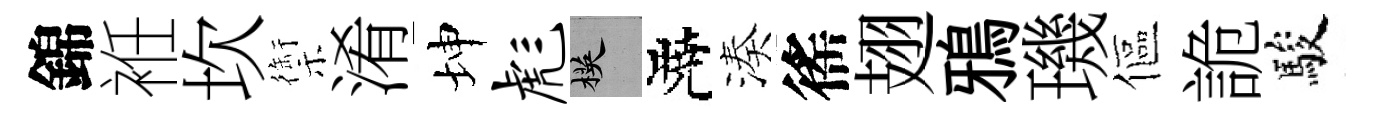
錦袵坎禦淆坤彪楧曉湊徭翅鴉璣傴詭駿